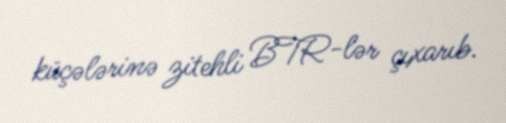
küçələrinə zitehli BTR-lər çıxarıb.